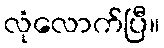
လုံလောက်ပြီ။